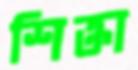
শিক্তা